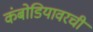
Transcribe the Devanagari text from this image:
कंबोडियावरची